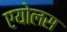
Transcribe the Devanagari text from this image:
एयोलस